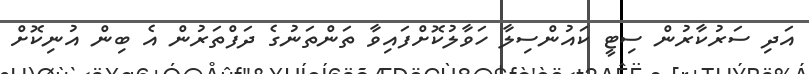
އަދި ސަރުކާރުން ސިޓީ ކައުންސިލާ ހަވާލުކޮށްފައިވާ ތަންތަނުގެ ދަފްތަރުން އެ ބިން އުނިކޮށް